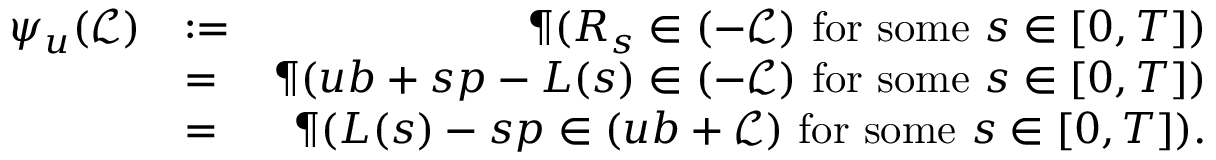
\begin{array} { r l r } { \psi _ { u } ( \mathcal { L } ) } & { : = } & { \P ( \boldsymbol R _ { s } \in ( - \mathcal { L } ) \mathrm { ~ f o r ~ s o m e ~ } s \in [ 0 , T ] ) } \\ & { = } & { \P ( u \boldsymbol b + s \boldsymbol p - \boldsymbol L ( s ) \in ( - \mathcal { L } ) \mathrm { ~ f o r ~ s o m e ~ } s \in [ 0 , T ] ) } \\ & { = } & { \P ( \boldsymbol L ( s ) - s \boldsymbol p \in ( u \boldsymbol b + \mathcal { L } ) \mathrm { ~ f o r ~ s o m e ~ } s \in [ 0 , T ] ) . } \end{array}